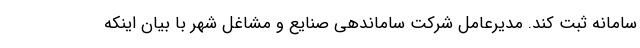
سامانه ثبت کند. مدیرعامل شرکت ساماندهی صنایع و مشاغل شهر با بیان اینکه